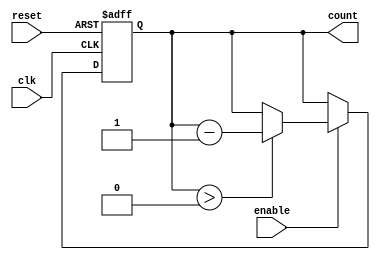
module down_counter (
    input wire clk,          // Clock input
    input wire enable,       // Enable signal
    input wire reset,        // Asynchronous reset signal
    output reg [N-1:0] count // Current value of the counter
);

parameter N = 8; // Set maximum count value, adjust as needed

// Initialization of the counter
initial begin
    count = N; // Set the initial count to N
end

// Asynchronous reset and counter logic
always @(posedge clk or posedge reset) begin
    if (reset) begin
        count <= N; // Reset the counter to N on reset signal
    end else if (enable) begin
        if (count > 0) begin
            count <= count - 1; // Decrement the count if enable is high
        end
    end
end

endmodule